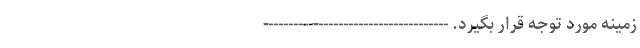
زمینه مورد توجه قرار بگیرد. -------------------------------------